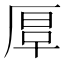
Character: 𠪀